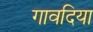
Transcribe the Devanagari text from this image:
गावदिया